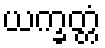
ယက္ခတ္တံ